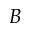
B